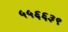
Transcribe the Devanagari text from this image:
५५६६३९